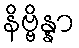
နိဗ္ဗိန္နာ